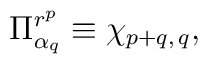
\Pi^{r^p}_{\alpha_q}\equiv \chi_{p+q,\,q},